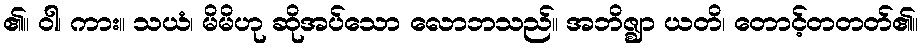
၏။ ဝါ၊ ကား။ သယံ၊ မိမိဟု ဆိုအပ်သော လောဘသည်။ အဘိဇ္ဈာ ယတိ၊ တောင့်တတတ်၏။